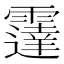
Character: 𲊋